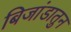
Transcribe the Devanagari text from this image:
बिजांडातुन